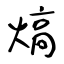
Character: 熇